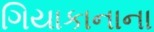
ગિયાકાનાના